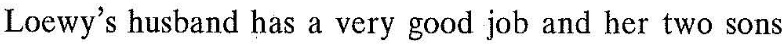
Loewy's husband has a very good job and her two sons